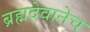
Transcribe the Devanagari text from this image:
ब्रह्मदेवानेच